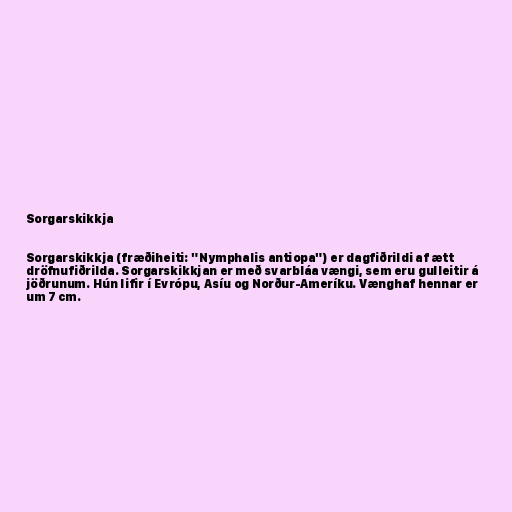
Sorgarskikkja

Sorgarskikkja (fræðiheiti: "Nymphalis antiopa") er dagfiðrildi af ætt
dröfnufiðrilda. Sorgarskikkjan er með svarbláa vængi, sem eru gulleitir á
jöðrunum. Hún lifir í Evrópu, Asíu og Norður-Ameríku. Vænghaf hennar er
um 7 cm.